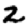
Digit: 2